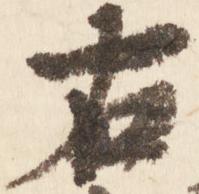
右